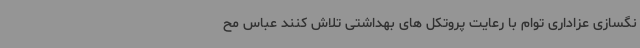
نگسازی عزاداری توام با رعایت پروتکل های بهداشتی تلاش کنند عباس مح